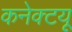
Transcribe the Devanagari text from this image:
कनेक्टयू